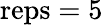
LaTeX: \textrm{reps}=5